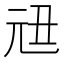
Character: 𠒉